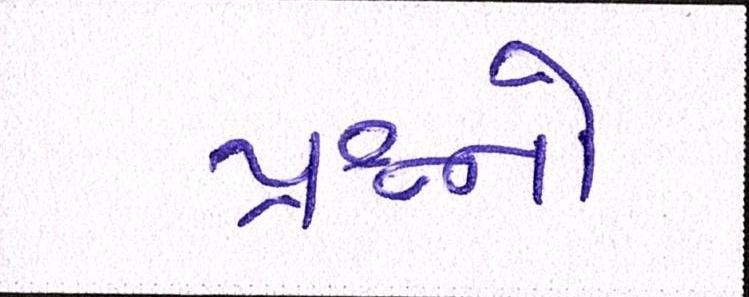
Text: પ્રશ્નનો